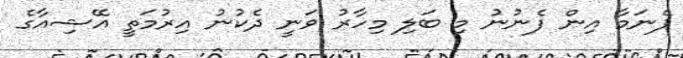
ޕެނަމާ އިން ފެނުނު މި ބަލި މިހާރު ވަނީ ދެކުނު އިރުމަތީ އޭޝިއާގެ